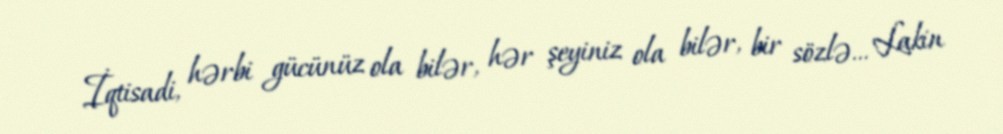
İqtisadi, hərbi gücünüz ola bilər, hər şeyiniz ola bilər, bir sözlə... Lakin